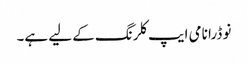
نو ڈرا نامی ایپ کلرنگ کے لیے ہے۔